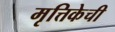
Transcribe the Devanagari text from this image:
मृत्तिकेची